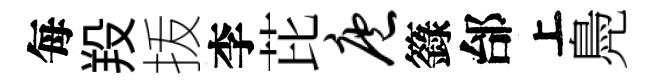
每羖㧞李芘庖籙邰上鳧